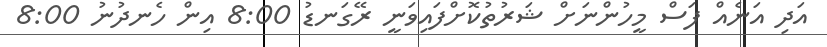
އަދި އަނެއް ފަސް މީހުންނަށް ޝަރުތުކޮށްފައިވަނީ ރޭގަނޑު 8:00 އިން ހެނދުނު 8:00